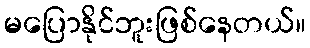
မပြောနိုင်ဘူးဖြစ်နေတယ်။